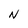
Character: N